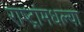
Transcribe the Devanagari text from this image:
राष्ट्रांमधल्या